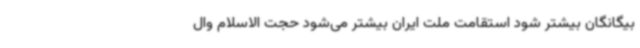
بیگانگان بیشتر شود استقامت ملت ایران بیشتر می‌شود حجت الاسلام وال